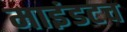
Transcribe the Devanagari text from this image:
माइंडटच